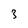
Character: 3